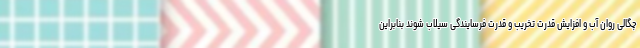
چگالی روان آب و افزایش قدرت تخریب و قدرت فرسایندگی سیلاب شوند بنابراین